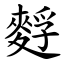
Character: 䴸